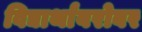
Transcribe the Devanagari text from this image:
विद्यार्थांबरोबर